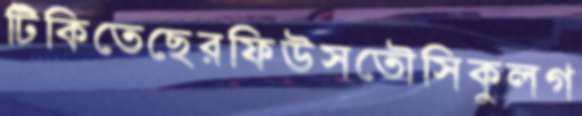
টিকিতেছেরফিউসতৌসিকুলগ